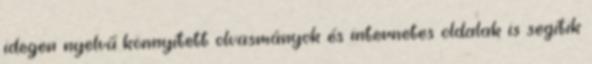
idegen nyelvű könnyített olvasmányok és internetes oldalak is segítik